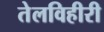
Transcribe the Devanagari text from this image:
तेलविहीरी